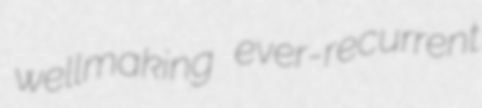
wellmaking ever-recurrent